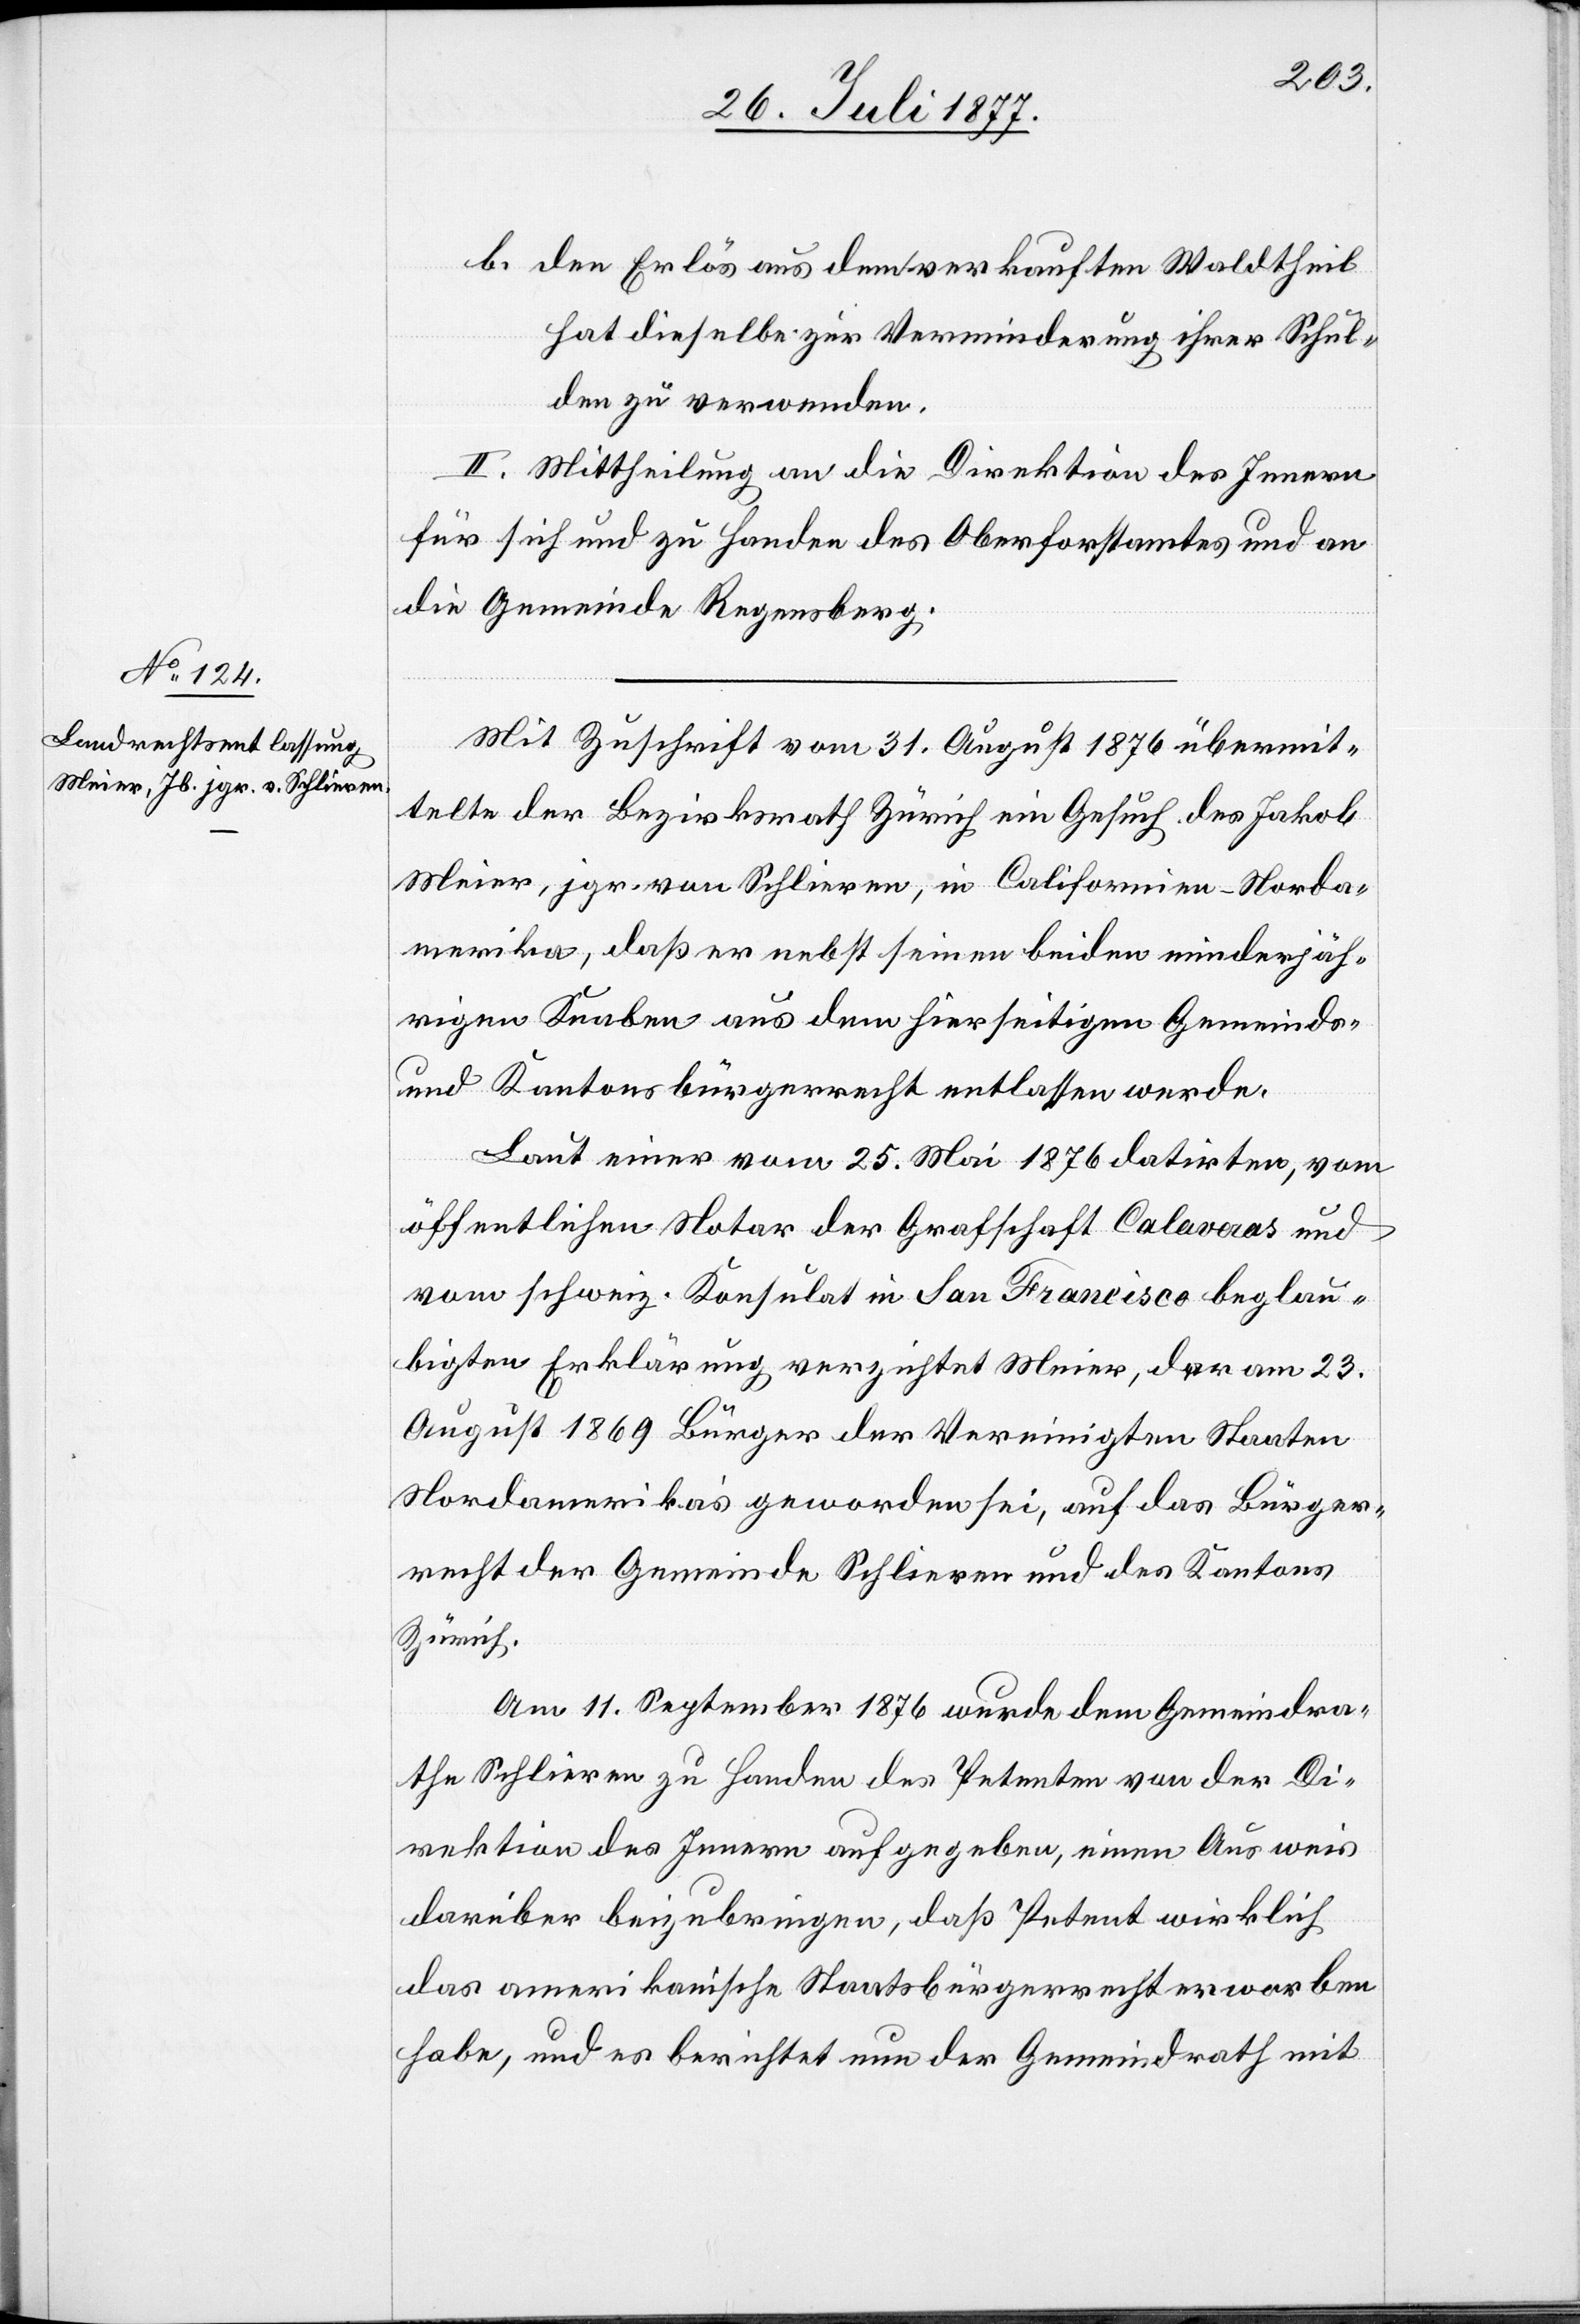
den Erlös aus dem verkauften Waldtheil
hat dieselbe zur Verminderung ihrer Schul¬
den zu verwenden.
II. Mittheilung an die Direktion des Innern
für sich und zu Handen des Oberforstamtes und an
die Gemeinde Regensberg.
Mit Zuschrift vom 31. August 1876 übermit¬
telte der Bezirksrath Zürich ein Gesuch des Jakob
Meier, jgr. von Schlieren, in Californien - Norda¬
merika, daß er nebst seinen beiden minderjäh¬
rigen Knaben aus dem hierseitigen Gemeinds-
und Kantonsbürgerrecht entlassen werde.
Laut einer vom 25. Mai 1876 datirten, vom
öffentlichen Notar der Grafschaft Calaveras und
vom schweiz. Konsulat in San Francisco beglau¬
bigten Erklärung verzichtet Meier, der am 23.
August 1869 Bürger der Vereinigten Staaten
Nordamerika’s geworden sei, auf das Bürger¬
recht der Gemeinde Schlieren und des Kantons
Zürich.
Am 11. September 1876 wurde dem Gemeindra¬
the Schlieren zu Handen des Petenten von der Di¬
rektion des Innern aufgegeben, einen Ausweis
darüber beizubringen, daß Petent wirklich
das amerikanische Staatsbürgerrecht erworben
habe, und es berichtet nun der Gemeindrath mit